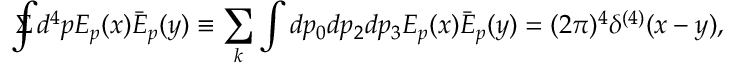
\Sigma \! \! \! \! \! \displaystyle { \int } d ^ { 4 } p E _ { p } ( x ) \bar { E } _ { p } ( y ) \equiv \sum _ { k } \int d p _ { 0 } d p _ { 2 } d p _ { 3 } E _ { p } ( x ) \bar { E } _ { p } ( y ) = ( 2 \pi ) ^ { 4 } \delta ^ { ( 4 ) } ( x - y ) ,